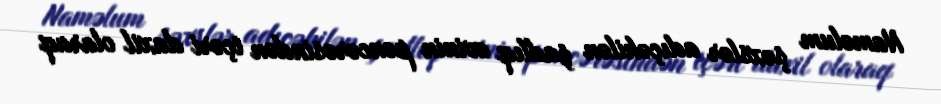
Naməlum şəxslər adıçəkilən şadlıq evinin pəncərəsindən içəri daxil olaraq